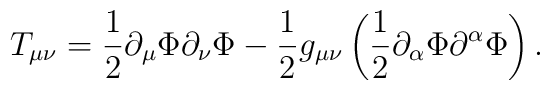
T_{\mu\nu} = \frac{1}{2}\partial_\mu\Phi\partial_\nu\Phi-\frac{1}{2}g_{\mu\nu}\left( \frac{1}{2} \partial_\alpha\Phi\partial^\alpha\Phi\right).